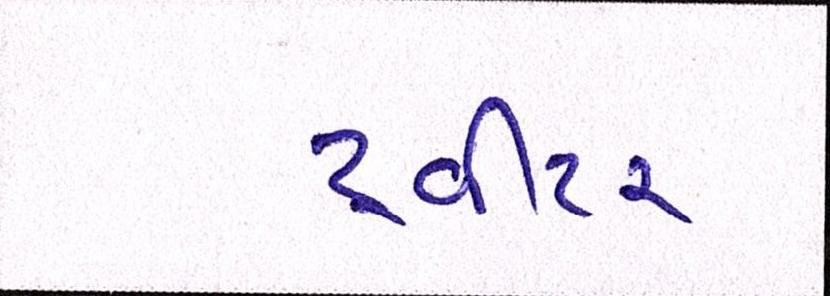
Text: ટ્વીટર